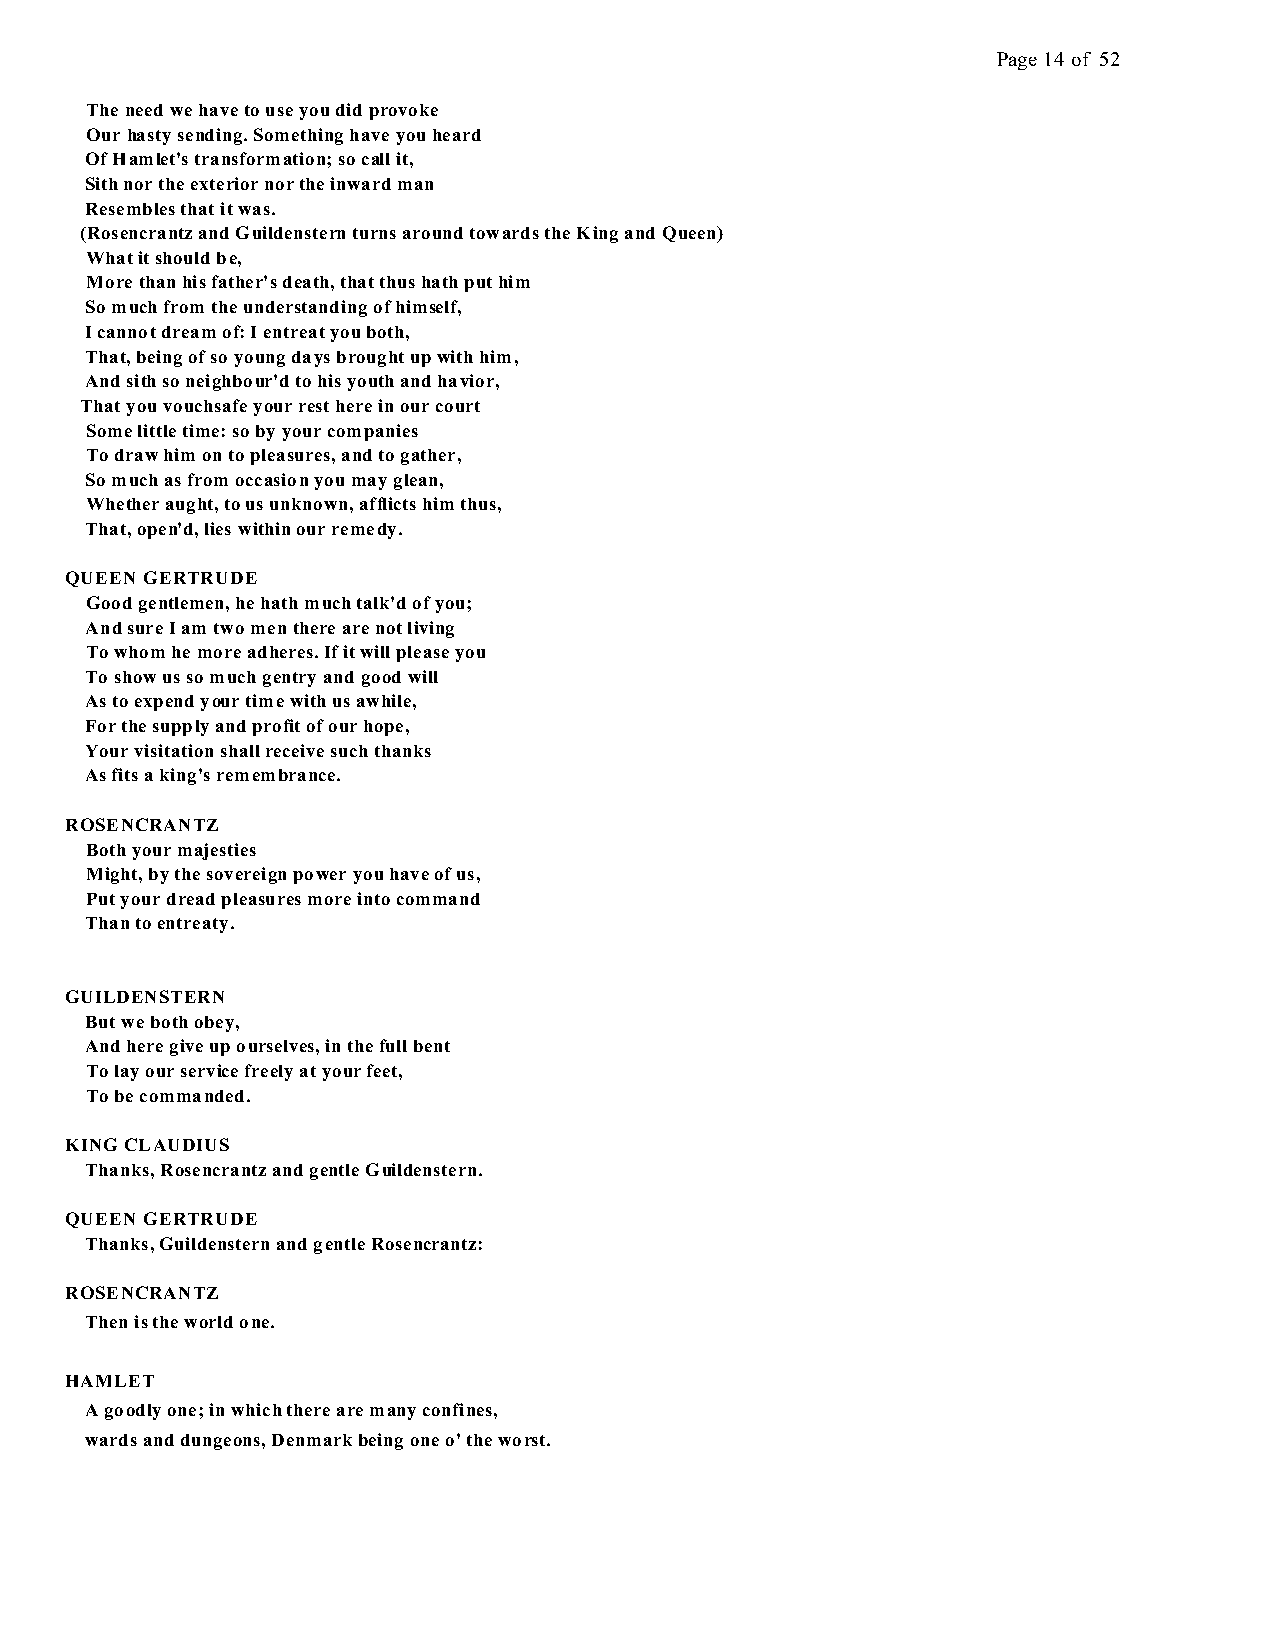
Page 14 of 52
 The need we have to use you did provoke
 Our hasty sending. Something have you heard
 Of Hamlet's transformation; so call it,
 Sith nor the exterior nor the inward man
 Resembles that it was.
 (Rosencrantz and Guildenstern turns around towards the King and Queen)
 What it should be,
 More than his father's death, that thus hath put him
 So much from the understanding of himself,
 I cannot dream of: I entreat you both,
 That, being of so young days brought up with him,
 And sith so neighbour'd to his youth and havior,
 That you vouchsafe your rest here in our court
 Some little time: so by your companies
 To draw him on to pleasures, and to gather,
 So much as from occasion you may glean,
 Whether aught, to us unknown, afflicts him thus,
 That, open'd, lies within our remedy.
 QUEEN GERTRUDE
 Good gentlemen, he hath much talk'd of you;
 And sure I am two men there are not living
 To whom he more adheres. If it will please you
 To show us so much gentry and good will
 As to expend your time with us awhile,
 For the supply and profit of our hope,
 Your visitation shall receive such thanks
 As fits a king's remembrance.
 ROSENCRANTZ
 Both your majesties
 Might, by the sovereign power you have of us,
 Put your dread pleasures more into command
 Than to entreaty.
 GUILDENSTERN
 But we both obey,
 And here give up ourselves, in the full bent
 To lay our service freely at your feet,
 To be commanded.
 KING CLAUDIUS
 Thanks, Rosencrantz and gentle Guildenstern.
 QUEEN GERTRUDE
 Thanks, Guildenstern and gentle Rosencrantz:
 ROSENCRANTZ
 Then is the world one.
 HAMLET
 A goodly one; in which there are many confines,
 wards and dungeons, Denmark being one o' the worst.